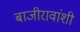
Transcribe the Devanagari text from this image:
बाजीरावांशी